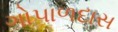
ગોપાળદાસ